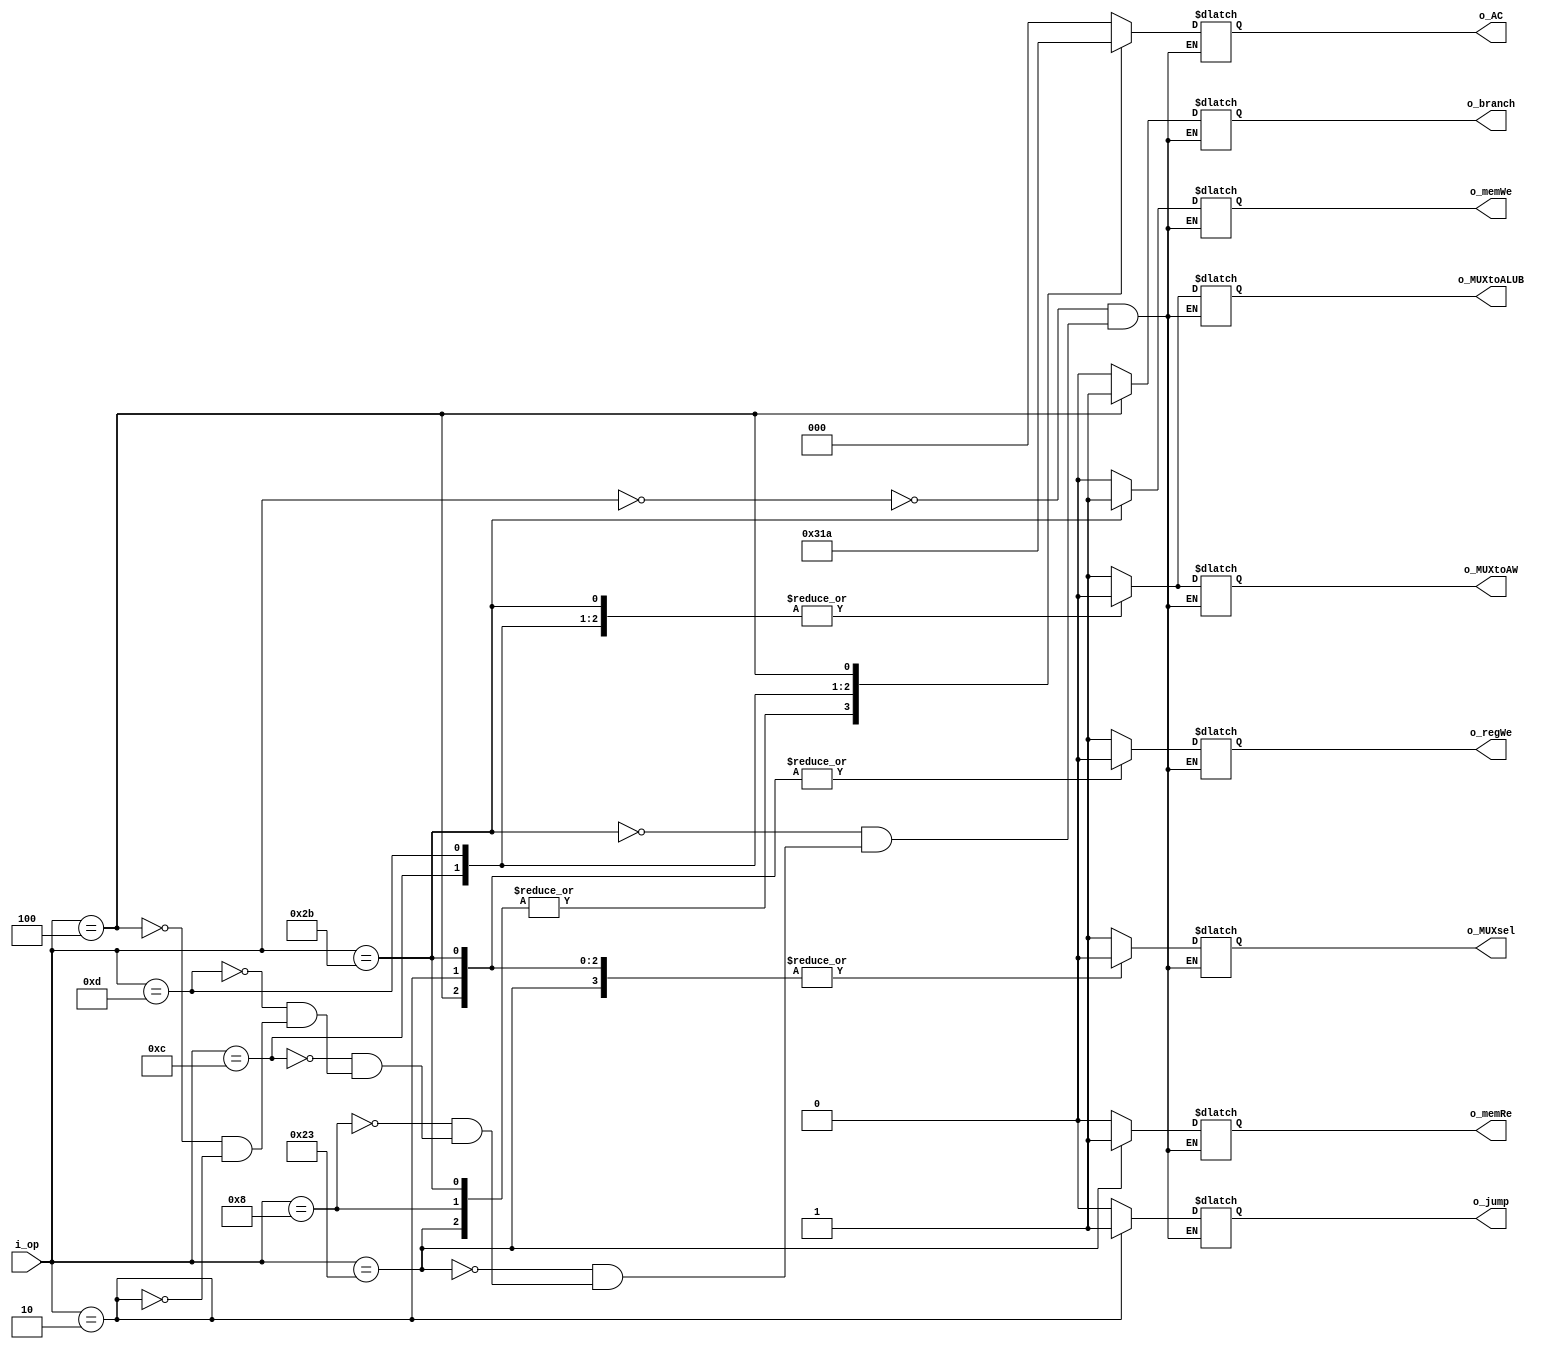
`timescale 1ns/1ps

//Generacion de puertos I/O
module CU(
	input [5:0] i_op,
	output reg [2:0] o_AC,
	output reg o_regWe,
	output reg o_memWe,
	output reg o_memRe,
	output reg o_MUXsel,
	output reg o_MUXtoALUB,
	output reg o_MUXtoAW,
	output reg o_branch,
	output reg o_jump
);

//wires
//Asignaciones
//Bloques always
always @(*)
	begin
		case(i_op)
			//R-type
			6'b000000:
				begin
					o_AC = 3'b000;
					o_regWe = 1'b1;
					o_memWe = 1'b0;
					o_memRe = 1'b0;
					o_MUXsel = 1'b1;
					o_MUXtoALUB = 1'b1;
					o_MUXtoAW = 1'b1;
					o_branch = 1'b0;
					o_jump = 1'b0;
				end
			//SW
			6'b101011:
				begin
					o_AC = 3'b001;
					o_regWe = 1'b0;
					o_MUXsel = 1'b0;
					o_MUXtoAW = 1'b0;
					o_MUXtoALUB = 1'b0;
					o_memRe = 1'b0;
					#0.5;
					o_memWe = 1'b1;
					o_branch = 1'b0;
					o_jump = 1'b0;
				end
			//LW
			6'b100011:
				begin
					o_AC = 3'b001;
					o_regWe = 1'b1;
					o_memWe = 1'b0;
					o_memRe = 1'b1;
					o_MUXsel = 1'b0;
					o_MUXtoALUB = 1'b0;
					o_MUXtoAW = 1'b0;
					o_branch = 1'b0;
					o_jump = 1'b0;
				end
			//ADDI
			6'b001000:
				begin
					o_AC = 3'b001;
					o_regWe = 1'b1;
					o_memWe = 1'b0;
					o_memRe = 1'b0;
					o_MUXsel = 1'b1;
					o_MUXtoALUB = 1'b0;
					o_MUXtoAW = 1'b0;
					o_branch = 1'b0;
					o_jump = 1'b0;
				end
			//ANDI
			6'b001100:
				begin
					o_AC = 3'b100;
					o_regWe = 1'b1;
					o_memWe = 1'b0;
					o_memRe = 1'b0;
					o_MUXsel = 1'b1;
					o_MUXtoALUB = 1'b0;
					o_MUXtoAW = 1'b0;
					o_branch = 1'b0;
					o_jump = 1'b0;
				end
			//ORI
			6'b001101:
				begin
					o_AC = 3'b011;
					o_regWe = 1'b1;
					o_memWe = 1'b0;
					o_memRe = 1'b0;
					o_MUXsel = 1'b1;
					o_MUXtoALUB = 1'b0;
					o_MUXtoAW = 1'b0;
					o_branch = 1'b0;
					o_jump = 1'b0;
				end
			//BEQ
			6'b000100:
				begin
					o_AC = 3'b010;
					o_regWe = 1'b0;
					o_memWe = 1'b0;
					o_memRe = 1'b0;
					o_MUXsel = 1'b0;
					o_MUXtoALUB = 1'b1;
					o_MUXtoAW = 1'b1;
					o_branch = 1'b1;
					o_jump = 1'b0;
				end
			//J
			6'b000010:
				begin
					o_AC = 3'b000;
					o_regWe = 1'b0;
					o_memWe = 1'b0;
					o_memRe = 1'b0;
					o_MUXsel = 1'b0;
					o_MUXtoALUB = 1'b1;
					o_MUXtoAW = 1'b1;
					o_branch = 1'b0;
					o_jump = 1'b1;
				end
		endcase
	end

//Instancias

endmodule